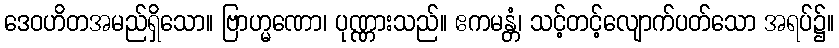
ဒေဝဟိတအမည်ရှိသော။ ဗြာဟ္မဏော၊ ပုဏ္ဏားသည်။ ဧကမန္တံ၊ သင့်တင့်လျောက်ပတ်သော အရပ်၌။